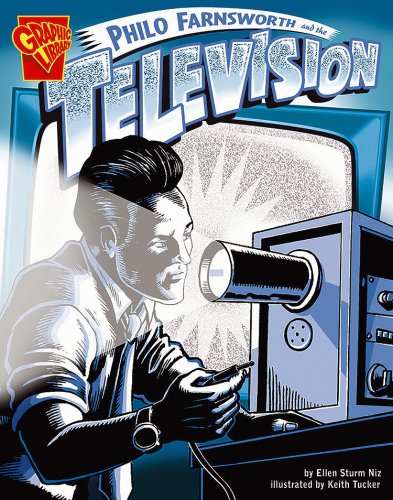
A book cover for Philo Farnsworth and the Television (Inventions and Discovery); Ellen S. Niz; Children's Books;